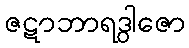
ဇဋာဘာရဒွါဇော